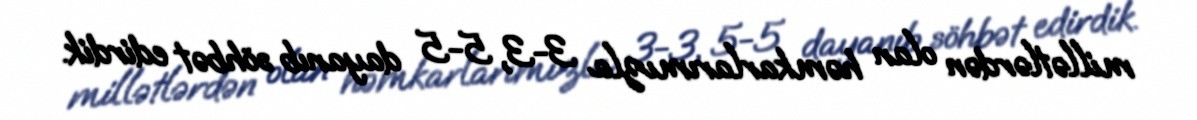
millətlərdən olan həmkarlarımızla 3-3, 5-5 dayanıb söhbət edirdik.